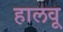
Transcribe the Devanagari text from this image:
हालवू